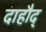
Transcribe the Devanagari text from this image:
दाहौद्